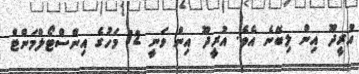
އުރީދޫ އިން ލިބޭނެ އެވެ. އުރީދޫ އިން ވަނީ 12 މަހުގެ އިންސްޓޯލްމަންޓް